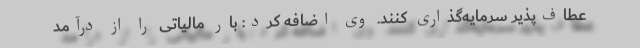
عطاف‌پذیر سرمایه‌گذاری کنند. وی اضافه کرد: بار مالیاتی را از درآمد